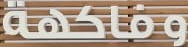
وفاكهة